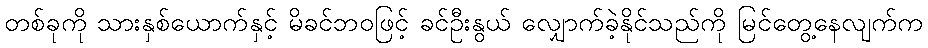
တစ်ခုကို သားနှစ်ယောက်နှင့် မိခင်ဘဝဖြင့် ခင်ဦးနွယ် လျှောက်ခဲ့နိုင်သည်ကို မြင်တွေ့နေလျက်က